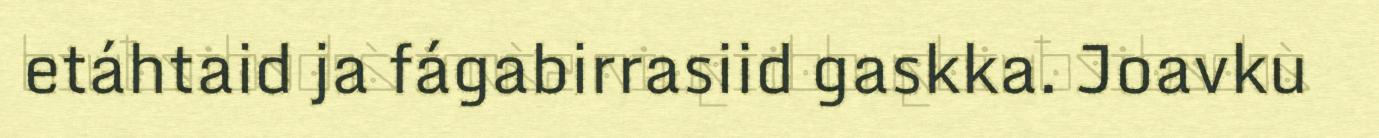
etáhtaid ja fágabirrasiid gaskka. Joavku